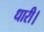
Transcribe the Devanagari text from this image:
धारी।